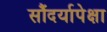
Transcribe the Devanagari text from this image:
सौंदर्यापेक्षा